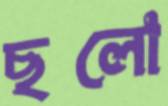
ছলো